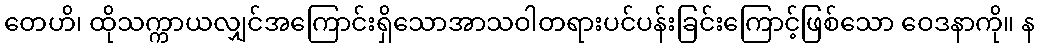
တေဟိ၊ ထိုသက္ကာယလျှင်အကြောင်းရှိသောအာသဝါတရားပင်ပန်းခြင်းကြောင့်ဖြစ်သော ဝေဒနာကို။ န